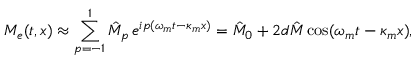
M _ { e } ( t , x ) \approx \sum _ { p = - 1 } ^ { 1 } \hat { M } _ { p } \, e ^ { i p ( \omega _ { m } t - \kappa _ { m } x ) } = \hat { M } _ { 0 } + 2 d \hat { M } \cos ( \omega _ { m } t - \kappa _ { m } x ) ,